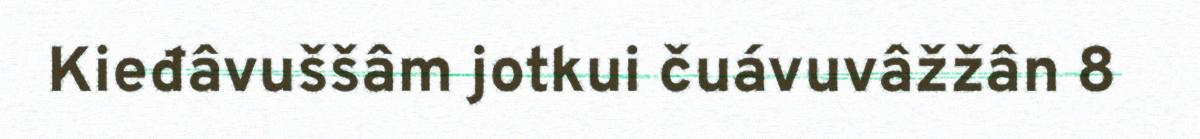
Kieđâvuššâm jotkui čuávuvâžžân 8